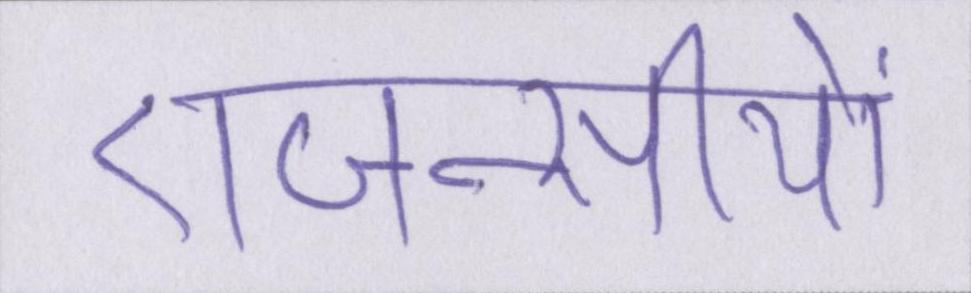
एजन्सीयों